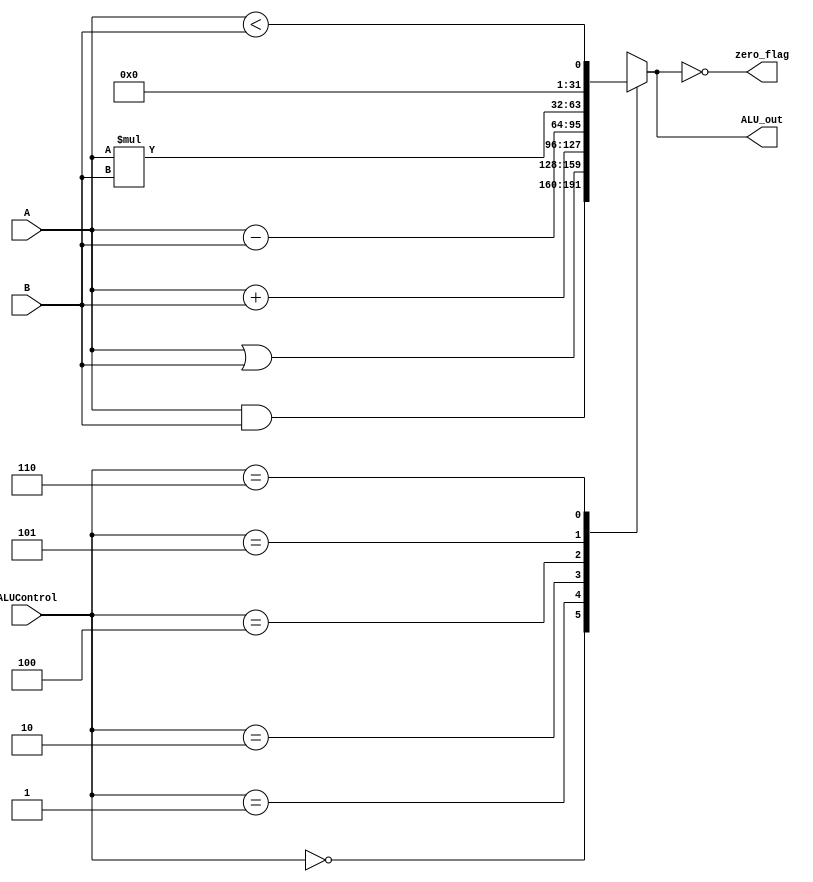
`timescale 1ns / 1ps
//////////////////////////////////////////////////////////////////////////////////
// Company: 
// Engineer: 
// 
// Design Name: 
// Module Name: ALU
// Project Name: 
// Target Devices: 
// Tool Versions: 
// Description: 
// 
// Dependencies: 
// 
// Revision:
// Revision 0.01 - File Created
// Additional Comments:
// 
//////////////////////////////////////////////////////////////////////////////////


module ALU(
    input [31:0] A, B,
    input [2:0] ALUControl,
    output zero_flag,
    output [31: 0] ALU_out
    );
    reg [31: 0] c;
    always@(*)begin
        c = 32'bx;
        casex(ALUControl)
            3'b000: c = A & B;
            3'b001: c = A | B;
            3'b010: c = A + B;
            3'b100: c = A - B;
            3'b101: c = A * B;
            3'b110: c = (A < B);
            default: c = 32'bx;
        endcase
    end
    assign zero_flag = (ALU_out == 0);
    assign ALU_out = c;
endmodule